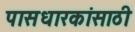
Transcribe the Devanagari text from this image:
पासधारकांसाठी